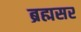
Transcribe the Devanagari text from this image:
ब्रह्मसर